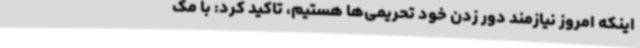
اینکه امروز نیازمند دور زدن خود تحریمی‌ها هستیم، تاکید کرد: با مک